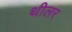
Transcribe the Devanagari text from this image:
थीलर